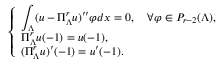
\begin{array} { r } { \left\{ \begin{array} { l l } { \displaystyle \int _ { \Lambda } ( u - \Pi _ { \Lambda } ^ { r } u ) ^ { \prime \prime } \varphi d x = 0 , \quad \forall \varphi \in P _ { r - 2 } ( \Lambda ) , } \\ { \Pi _ { \Lambda } ^ { r } u ( - 1 ) = u ( - 1 ) , } \\ { ( \Pi _ { \Lambda } ^ { r } u ) ^ { \prime } ( - 1 ) = u ^ { \prime } ( - 1 ) . } \end{array} \right. } \end{array}